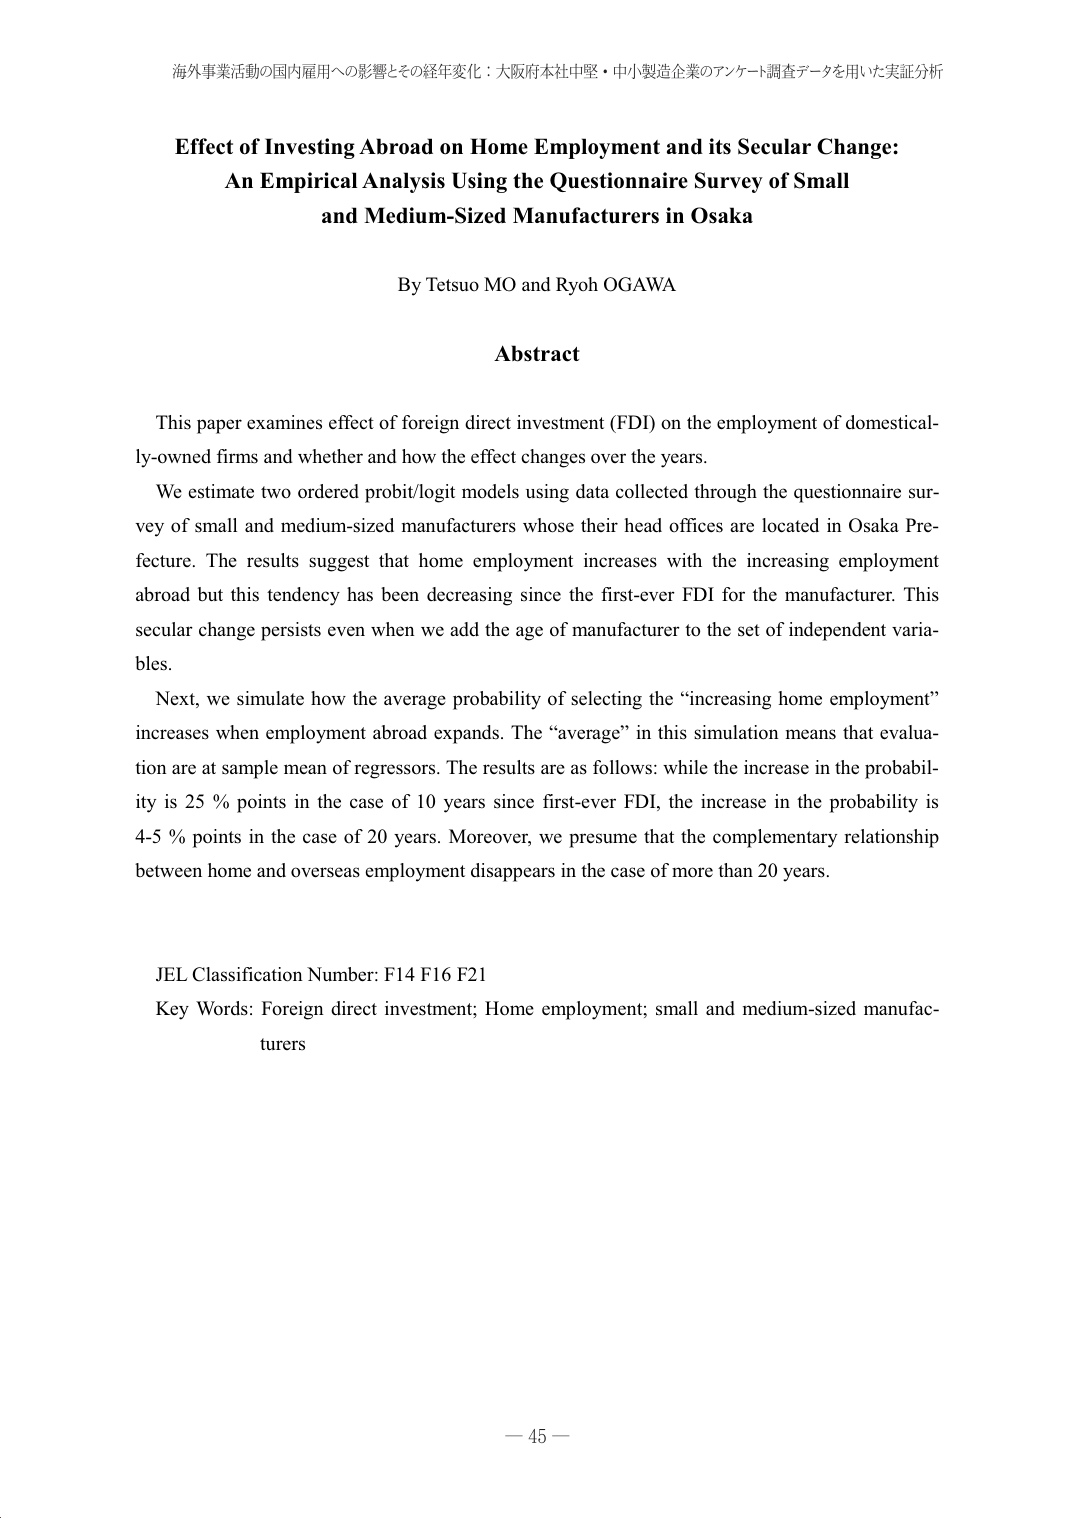
海外事業活動の国内雇用への影響とその経年変化：大阪府本社中堅・中小製造企業のアンケート調査データを用いた実証分析

Effect of Investing Abroad on Home Employment and its Secular Change:
An Empirical Analysis Using the Questionnaire Survey of Small
and Medium-Sized Manufacturers in Osaka

By Tetsuo MO and Ryoh OGAWA

Abstract

This paper examines effect of foreign direct investment (FDI) on the employment of domestically-owned firms and whether and how the effect changes over the years.
We estimate two ordered probit/logit models using data collected through the questionnaire survey of small and medium-sized manufacturers whose their head offices are located in Osaka Prefecture. The results suggest that home employment increases with the increasing employment abroad but this tendency has been decreasing since the first-ever FDI for the manufacturer. This secular change persists even when we add the age of manufacturer to the set of independent variables.
Next, we simulate how the average probability of selecting the “increasing home employment” increases when employment abroad expands. The “average” in this simulation means that evaluation are at sample mean of regressors. The results are as follows: while the increase in the probability is 25 % points in the case of 10 years since first-ever FDI, the increase in the probability is 4-5 % points in the case of 20 years. Moreover, we presume that the complementary relationship between home and overseas employment disappears in the case of more than 20 years.

JEL Classification Number: F14 F16 F21
Key Words: Foreign direct investment; Home employment; small and medium-sized manufacturers

— 45 —